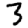
Digit: 3